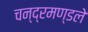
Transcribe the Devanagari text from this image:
चन्द्रमण्डले